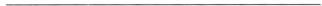
___